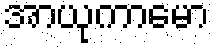
အာယုကာမော